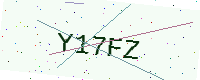
Text: Y17FZ